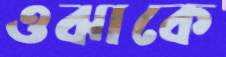
ওঝাকে